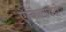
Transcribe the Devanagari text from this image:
ऐल्केलायडों